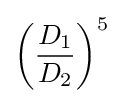
\left({\frac {D_{1}}{D_{2}}}\right)^{5}